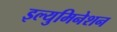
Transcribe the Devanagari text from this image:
इल्युमिनेशन